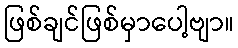
ဖြစ်ချင်ဖြစ်မှာပေါ့ဗျာ။